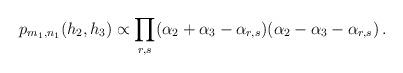
LaTeX: \begin{align*}p_{m_1,n_1}(h_2, h_3) \propto \prod_{r,s} (\alpha_2 + \alpha_3 - \alpha_{r,s}) (\alpha_2 - \alpha_3 - \alpha_{r,s})\,.\end{align*}